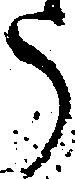
う